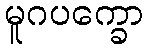
မူဂပက္ခော